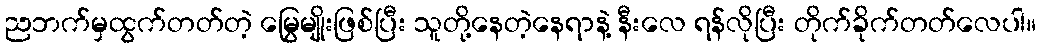
ညဘက်မှထွက်တတ်တဲ့ မြွေမျိုးဖြစ်ပြီး သူတို့နေတဲ့နေရာနဲ့ နီးလေ ရန်လိုပြီး တိုက်ခိုက်တတ်လေပါ။